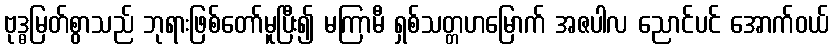
ဗုဒ္ဓမြတ်စွာသည် ဘုရားဖြစ်တော်မူပြီး၍ မကြာမီ ရှစ်သတ္တဟမြောက် အဇပါလ ညောင်ပင် အောက်ဝယ်